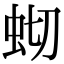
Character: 𫊧